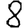
Digit: 8